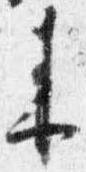
来